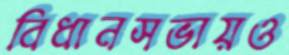
বিধানসভায়ও